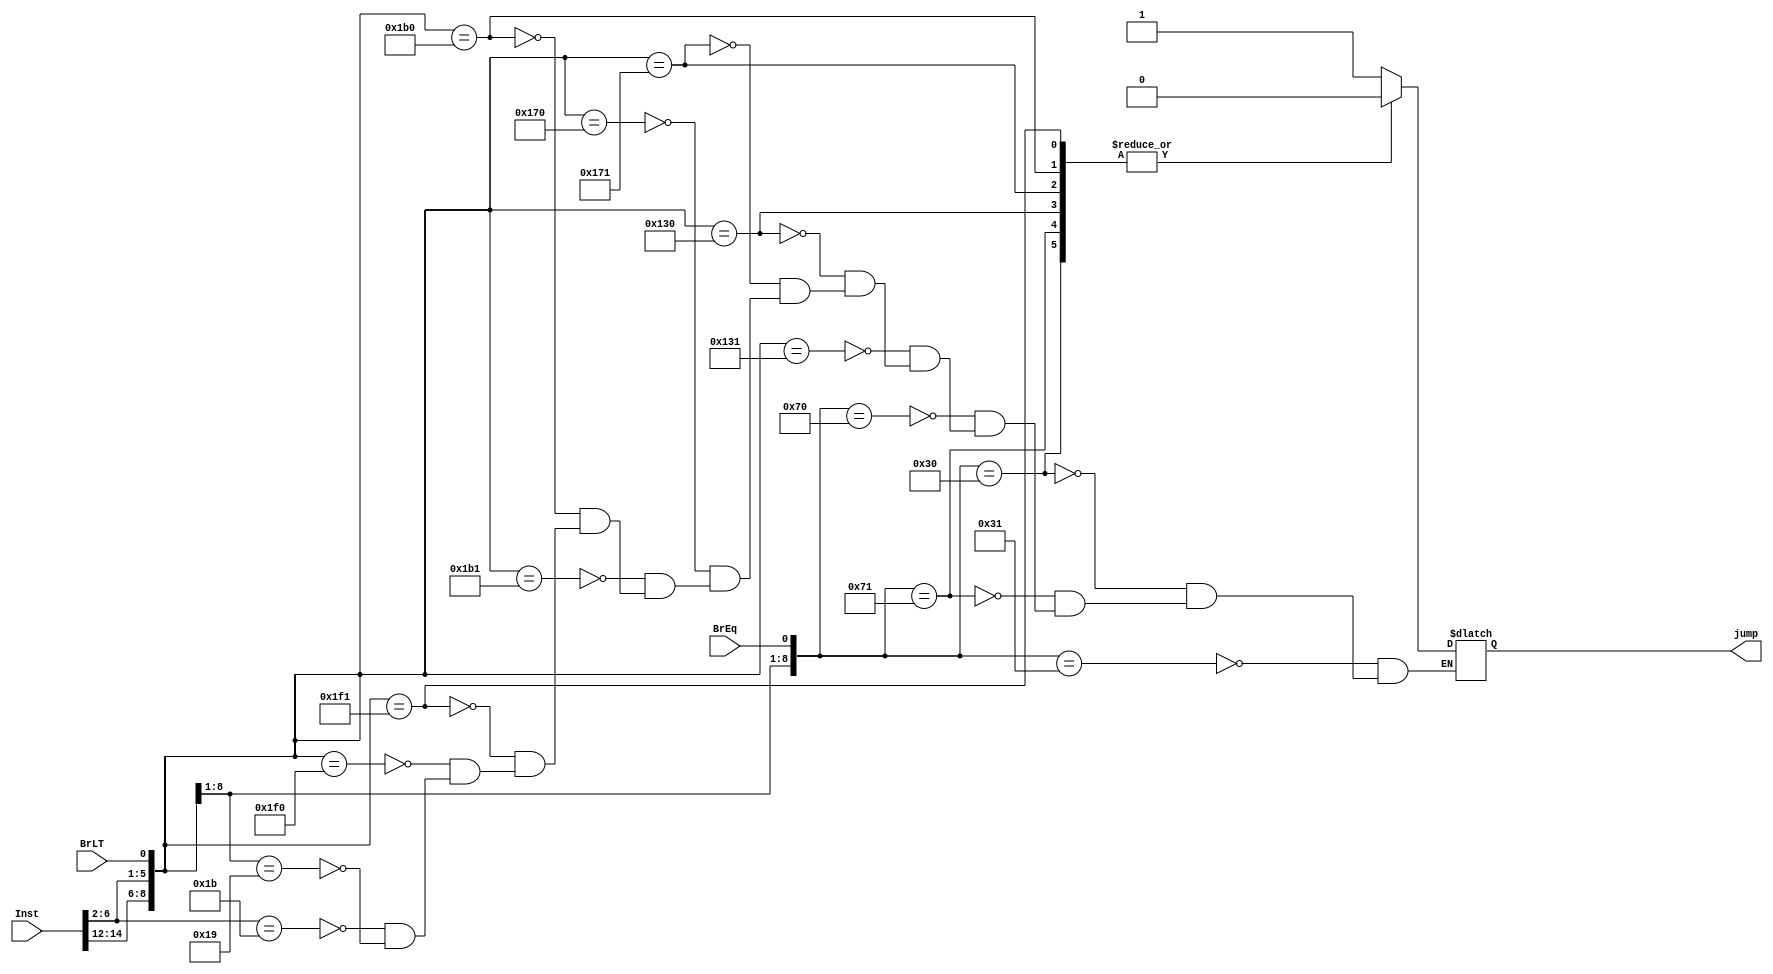
module N_Branchcomp (BrEq, BrLT, Inst, jump);
    parameter WIDTH_CONTROL_LENGTH = 11;
    input BrEq; 
    input BrLT;
    input [31:0] Inst;
    output reg jump;
    reg [WIDTH_CONTROL_LENGTH - 1:0] Ctrl;
    assign Ctrl = {Inst[30], Inst[14:12], Inst[6:2], BrEq, BrLT};

    always @(Ctrl) begin
        casex (Ctrl)
        //B type, Conditional Branch
            11'b?_000_11000_1_?: jump = 1'b1;   //BEQ, pass condition
            11'b?_000_11000_0_?: jump = 1'b0;   //BEQ
            11'b?_001_11000_1_?: jump = 1'b0;   //BNE, not pass condition
            11'b?_001_11000_0_?: jump = 1'b1;   //BNE
            11'b?_100_11000_?_1: jump = 1'b1;   //BLT, pass condition
            11'b?_100_11000_?_0: jump = 1'b0;   //BLT
            11'b?_101_11000_?_1: jump = 1'b0;   //BGE, not pass condition
            11'b?_101_11000_?_0: jump = 1'b1;   //BGE
            11'b?_110_11000_?_1: jump = 1'b1;   //BLTU, pass condition
            11'b?_110_11000_?_0: jump = 1'b0;   //BLTU
            11'b?_111_11000_?_1: jump = 1'b0;   //BGEU, not pass condition
            11'b?_111_11000_?_0: jump = 1'b1;   //BGEU
         //J type, unConditional Branch
            11'b?_???_11011_?_?: jump = 1'b1;   //JAL
            11'b?_000_11001_?_?: jump = 1'b1;   //JALR
            default: ;
        endcase
    end
endmodule